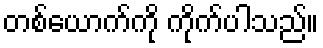
တစ်ယောက်ကို ကိုက်ပါသည်။